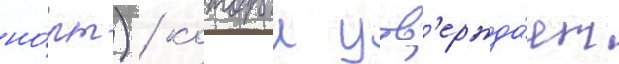
но́рт) / которыи утв'ержда́ет